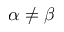
\alpha \neq \beta